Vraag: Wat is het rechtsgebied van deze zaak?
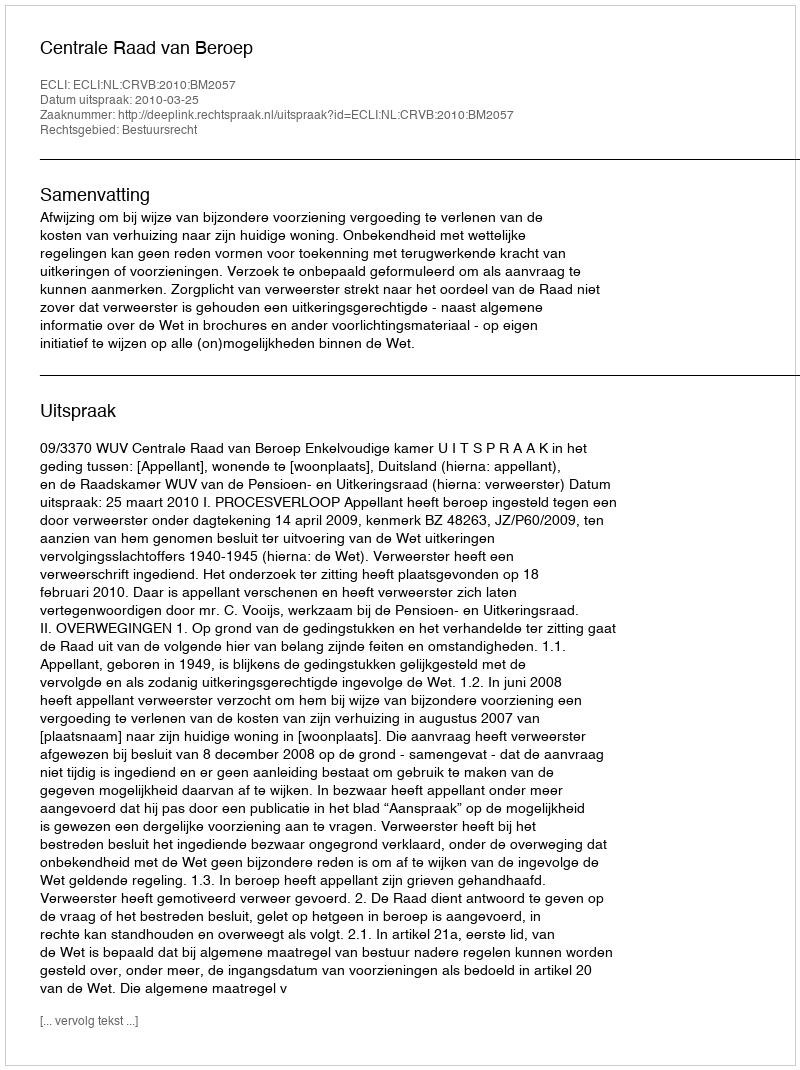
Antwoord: Bestuursrecht